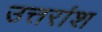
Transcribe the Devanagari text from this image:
उत्तरांश